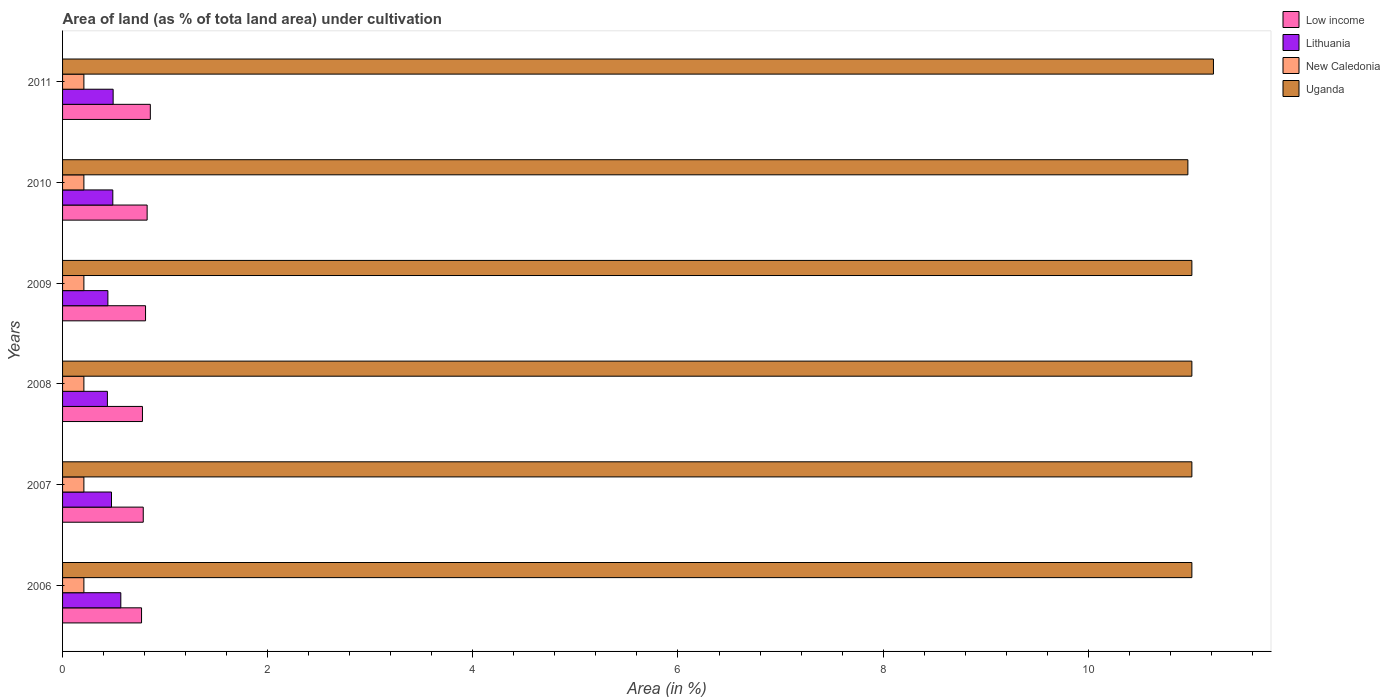
| Years | Low income | Lithuania | New Caledonia | Uganda |
 | --- | --- | --- | --- | --- |
 | 2006 | 0.77 | 0.568 | 0.208 | 11 |
 | 2007 | 0.787 | 0.477 | 0.208 | 11 |
 | 2008 | 0.779 | 0.437 | 0.208 | 11 |
 | 2009 | 0.809 | 0.442 | 0.208 | 11 |
 | 2010 | 0.825 | 0.49 | 0.208 | 11 |
 | 2011 | 0.856 | 0.493 | 0.208 | 11.2 |